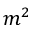
m ^ { 2 }